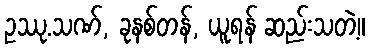
ဥဿု.သဏ်, ခုနစ်တန်, ယူရန် ဆည်းသတဲ့။